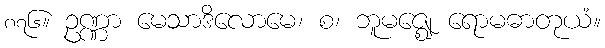
၈၇၆။ ဥဏ္ဏာ မေသာဒိလောမေ၊ စ၊ ဘူမဇ္ဈေ ရောမဓာတုယံ။